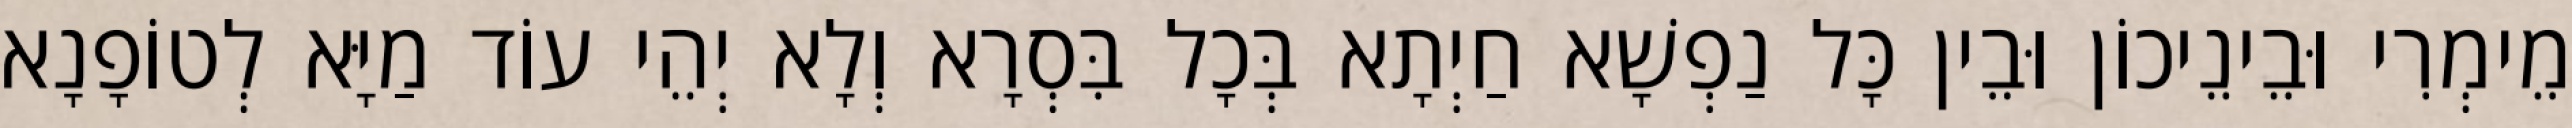
מֵימְרִי וּבֵינֵיכוֹן וּבֵין כָּל נַפְשָׁא חַיְתָא בְּכָל בִּסְרָא וְלָא יְהֵי עוֹד מַיָּא לְטוֹפָנָא